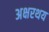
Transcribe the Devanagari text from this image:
अक्षरथय